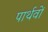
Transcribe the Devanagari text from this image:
पार्थवों